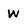
Character: w